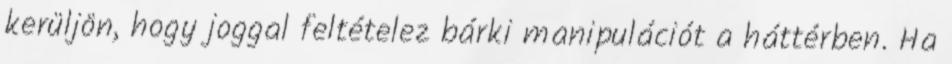
kerüljön, hogy joggal feltételez bárki manipulációt a háttérben. Ha